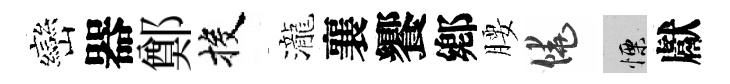
巒器鄭投瀧襄饗鄕腰饒慄獻